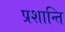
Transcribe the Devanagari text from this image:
प्रशान्ति